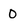
Character: 0